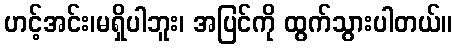
ဟင့်အင်း၊မရှိပါဘူး၊ အပြင်ကို ထွက်သွားပါတယ်။